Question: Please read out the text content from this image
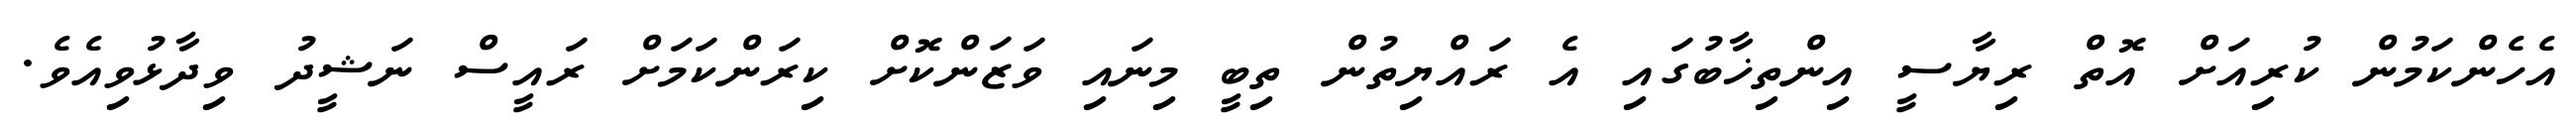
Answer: އެހެންކަމުން ކުރިއަށް އޮތް ރިޔާސީ އިންތިޚާބުގައި އެ ރައްޔިތުން ތިބީ މިނައި ވަޒަންކޮށް ކިރަންކަމަށް ރައީސް ނަޝީދު ވިދާޅުވިއެވެ.